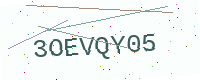
Text: 3OEVQY05